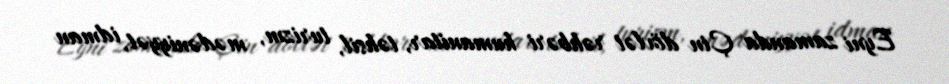
Eyni zamanda Çin dövlət rəhbəri humanitar, təhsil, turizm, mədəniyyət, idman